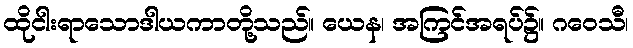
ထိုငါးရာသောဒါယကာတို့သည်။ ယေန၊ အကြင်အရပ်၌။ ဂဝေသီ၊